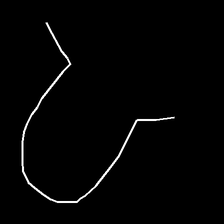
Glyph: weave